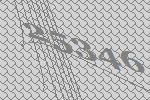
25346